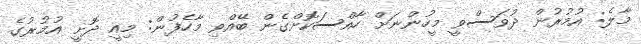
މާލެ: އުމުރުން ދުވަސްވީ މީހުންނަށް ހާއްސަކޮށްގެން ބޭއްވި މާހެފުން: މިއީ ދޮށީ އުމުރުގެ